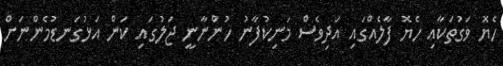
ހެޔޮ ވަގުތަކާއި ހެޔޮ ފާލެއްގައި އަދިވެސް މަނިކުފާނު ހުންނާނީ ޖަލުގައި ކަން އަޅުގަނޑުމެންނަށް